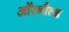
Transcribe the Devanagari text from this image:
ऑरनौल्ड